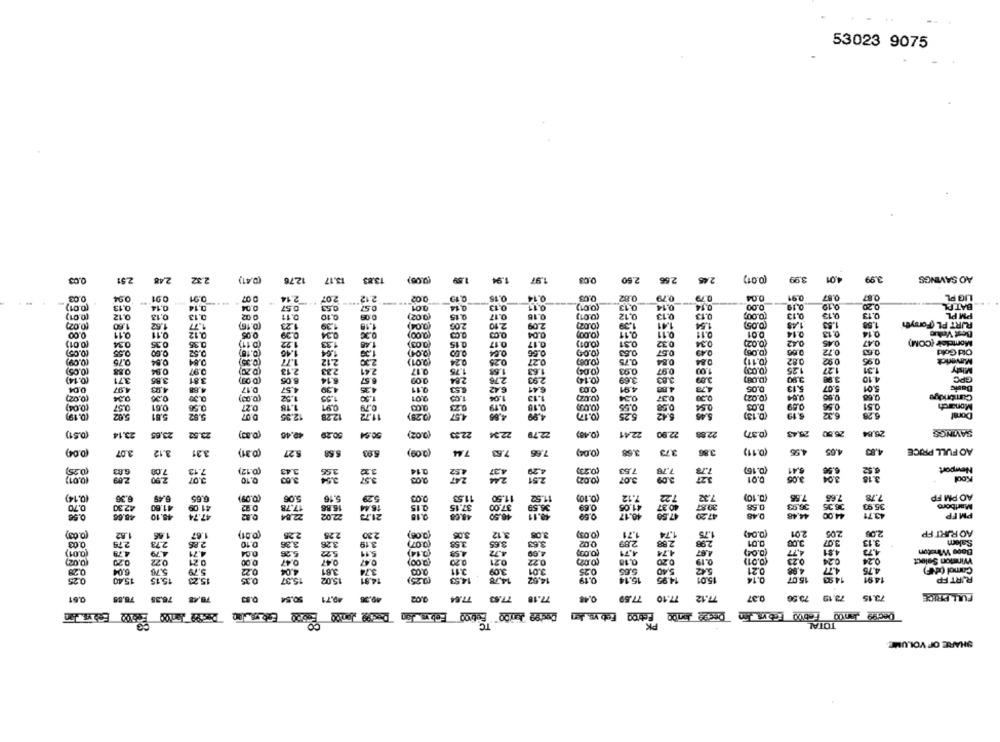
53023 9075
2.51
2.48
2.32
(0,41)
12.76
13.17
13.85
(9.08)
1.5V
1.94
1.97
0.03
2.60
2.56
2.45
(0.01)
3.99
4.01
3.99
AO SAVINGS
0.03
0.94
0.91
0.01
0 07
2.14
207
2.12
0.02
0.19
0.15
0.14
0.82
0.79
0.79
0.04
0.91
0.87
0.87
LIG PL
0.20
BATPL
(0.01)
0.13
0,14
0,14
0,04
0.57
0.57
0.01
0,14
0.13
0.11
0.13
0.14
0.14
0.00
0.19
0.12
(0.01)
0.12
0.13
0.13
0.02
2.11
0.10
0.08
(0.02)
9.15
0.17
0.16
(0.01)
0.12
0.13
0.13
0,13
0.73
PM PL
(0.02)
1550
1.52
1.77
(0.16)
1.23
.39
1.18
(0.04)
2.00
2.10
2.09
(0.02)
1.39
1.41
1.5
(0.05)
1,49
1.53
1.58
RIRT PL (Forsyth
0.00
0.11
0.11
0.12
0:05
(0.00)
0.03
0.04
0.11
0.11
0.11
0.01
5.14
0,13
0.14
Best Value
0.01)
0.31
0.32
(0.02)
0.4S
0.47
Montclair (COM)
(0.01)
0.34
0.35
0.35
(D.11)
1.22
1.33
1.48
(0.03)
0.15
0.17
0.17
0.34
(0.08)
0.42
(0.05)
0.55
0.52
(0.18)
1.46
1.04
(0.01)
0.04
(0.00)
0.53
0.57
0.49
0.72
Old Gold
(0.09)
9.75
0.04
0.64
(0.35)
1.77
2.12
2.39
(0.01)
0.24
0.25
0.27
(0.08)
0.75
0.84
0.84
0.11)
0.82
0.92
0.95
Maverick
(0.05)
3.88
0.84
0.97
2.13
2.33
2.41
0.17
1.75
1.58
1.63
(0.04)
0.93
0.97
1.00
1.27
1.31
Misty
(0.14)
3.71
3.85
3.81
8.05
6.14
6.57
284
2.76
2.93
(0.14)
3.69
3.63
3.09
(0.08)
3.98
4.10
GPC
4,78
5.13
5.01
Dasic
0.04
4.97
4.03
4.88
D.17
4.57
4.39
4.35
0.11
5.41
0.03
4.91
4.88
0,05
5.07
(0.02)
(0.00)
1.52
9.01
1.04
1.13
0.34
0.37
(0.02)
(0.04)
0.57
0.61
0.56
0.27
1.18
0.91
0.79
0.23
0.19
0.18
0.55
0.58
0.54
D.03
0.59
0.56
0.51
Monarch
5.81
3.02
0.07
12.35
12.28
11.72
(0.28)
4,65
4,99
10.17)
5.25
6.42
5.45
(D.15)
6.19
6.32
5.28
Doral
(0.51)
(0.02)
(0.48)
22.90
(0.37)
26.50
28.84
SAVINGS
23.14
23.65
23.52
49.45
50.20
50.54
22.33
22.34
22.79
22.41
2283
(0.04)
3.07
3.12
3.31
(0.31)
5.27
5.58
5.93
(2:09)
7.44
7.53
7.66
(0.04)
3.68
3.73
(0.11)
4.55
4.65
4.83
AO FULL PRICE
(0.25)
(0.12)
(0.23)
7.53
(D.15)
8.41
Newport
7.00
3.00
3.55
0.14
2.44
4.29
7.78
(0.01)
200
2.90
0.10
(0.0.2)
3.07
3.09
0.01
(0.14)
6.36
6.49
6.65
(0.09)
5.06
5.16
5.29
0.00
11.53
11.50
11.52
(0.10)
7.12
722
7.32
(0.10)
7.55
7.65
7.78
AO PM FP
0.70
42.30
41.60
41.09
0.92
17.78
16.86
16.44
0.15
37.15
37.00
36.59
0.69
41.05
40.37
30.87
0.58
36.93
38.35
35.93
Marlboro
47.74
47.50
0.56
45.65
48.10
0.82
22,84
22.02
21.73
0.18
48.68
0.50
40.17
47.20
44,48
44.00
43.71
PM FP
(0.03)
1.62
1.66
1.67
(0.01)
2.25
2.25
2.30
(0.06)
3.06
3.12
3.08
(0.03)
1,71
1.74
1.75
(0.04)
2.01
20%
2.05
AO RIRT FP
0.03
2.79
2.73
2.85
226
3.19
3.58
3.65
3.63
0.02
2.89
288
298
0.01
3.00
3.07
3.13
Salem
0.10
0.14)
Bage Winston
(0.01)
4.79
4.79
4.71
5.26
5.22
4.58
4.72
4.69
4.71
4.74
(0.00)
4,77
4.91
(0.02)
0.22
0.21
0.00
0.47
047
0.47
(200)
0.20
0.21
0.72
0.18
0.20
0.19
(0.01)
0.23
0.24
Winston Select
0.28
5.04
5.78
5.79
0.22
4.04
2.81
3.74
2.00
3.11
3.09
3.01
0.25
5.40
0.21
4.68
4.77
4.75
Camel (INF)
0.25
15,40
15.15
15.23
0.35
15.37
15.02
14.81
(0.25)
14.53
14.78
14.62
15.14
14.95
15.01
0.14
15.07
14.85
14.91
RIRT FP
FULL PRICE
0.61
76.35
78,48
50.54
49.71
49.36
0.02
77.84
77.53
77.18
0.48
77.10 77.59
77.12
0.37
73.19 73.56
73.15
TC
PK
TOTAL
SHARE OF VOLUME